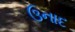
ઉનાદ